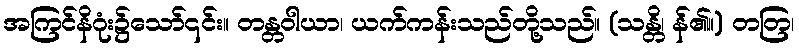
အကြင်နိဂုံး၌သော်၎င်း။ တန္တဝါယာ၊ ယက်ကန်းသည်တို့သည်။ (သန္တိ၊ န်၏။) တတြ၊